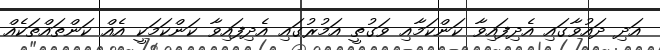
އަދި ދައުވާގައި އެދިފައިވާ ކަންކަމާއި ވަގުތީ އަމުރުގައި އެދިފައިވާ ކަންކަމަކީ އެއް ކަންތައްތަކެއް